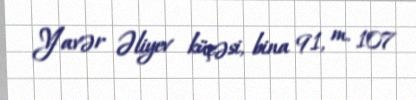
Yavər Əliyev küçəsi, bina 91, m. 107